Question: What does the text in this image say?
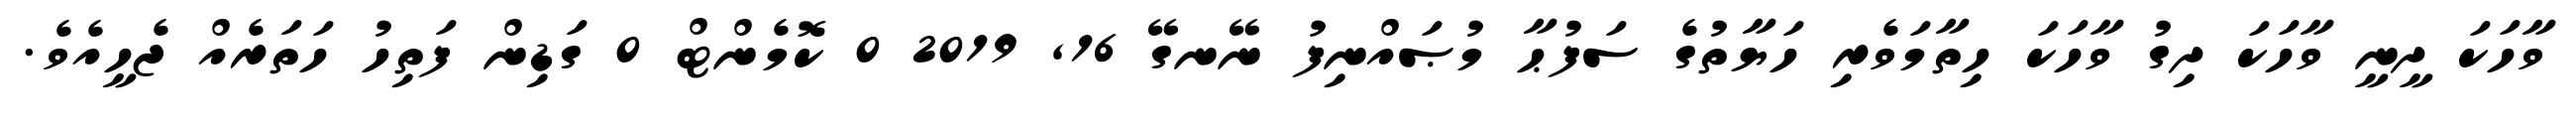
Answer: ވާހަކަ ދީނީ ވާހަކަ ދިގު ވާހަކަ ހިތާމަވެރި ހަޔާތުގެ ސަފުޙާ މުޞައްނިފު ނޭނގޭ 16, 2019 0 ކޮމެންޓް 0 ގަޑިން ފަތިހު ހަތަރެއް ޖެހީއެވެ.